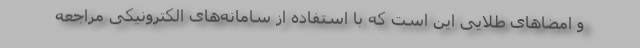
و امضاهای طلایی این است که با استفاده از سامانه‌های الکترونیکی مراجعه